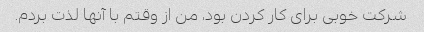
شرکت خوبی برای کار کردن بود، من از وقتم با آنها لذت بردم.